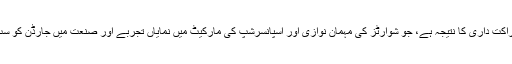
جے1 جارڈن اور آر پی ایم سی کے بانی مرے شوارٹز کے درمیان شراکت داری کا نتیجہ ہے، جو شوارٹز کی مہمان نوازی اور اسپانسرشپ کی مارکیٹ میں نمایاں تجربے اور صنعت میں جارڈن کو سب سے نمایاں چہرہ بنانے والے کرشمے اور روابط کو یکجا کرے گی۔